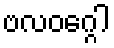
ဗလဝဂ္ဂေါ